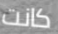
كانت